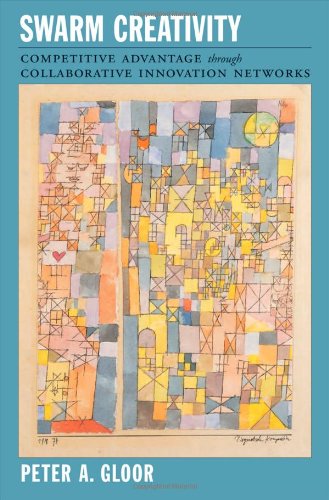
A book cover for Swarm Creativity: Competitive Advantage through Collaborative Innovation Networks; Peter A. Gloor; Computers & Technology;